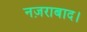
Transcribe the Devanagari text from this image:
नज़राबाद।